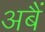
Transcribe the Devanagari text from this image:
अबैं